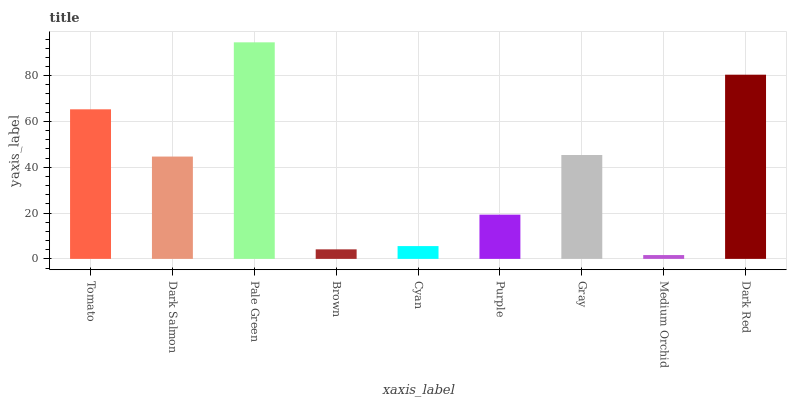
| xaxis_label | bars |
 | --- | --- |
 | Tomato | 65.3 |
 | Dark Salmon | 44.7 |
 | Pale Green | 94.6 |
 | Brown | 4.16 |
 | Cyan | 5.59 |
 | Purple | 19.3 |
 | Gray | 45.4 |
 | Medium Orchid | 1.67 |
 | Dark Red | 80.4 |